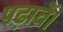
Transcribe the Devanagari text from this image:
पढ़ावें।